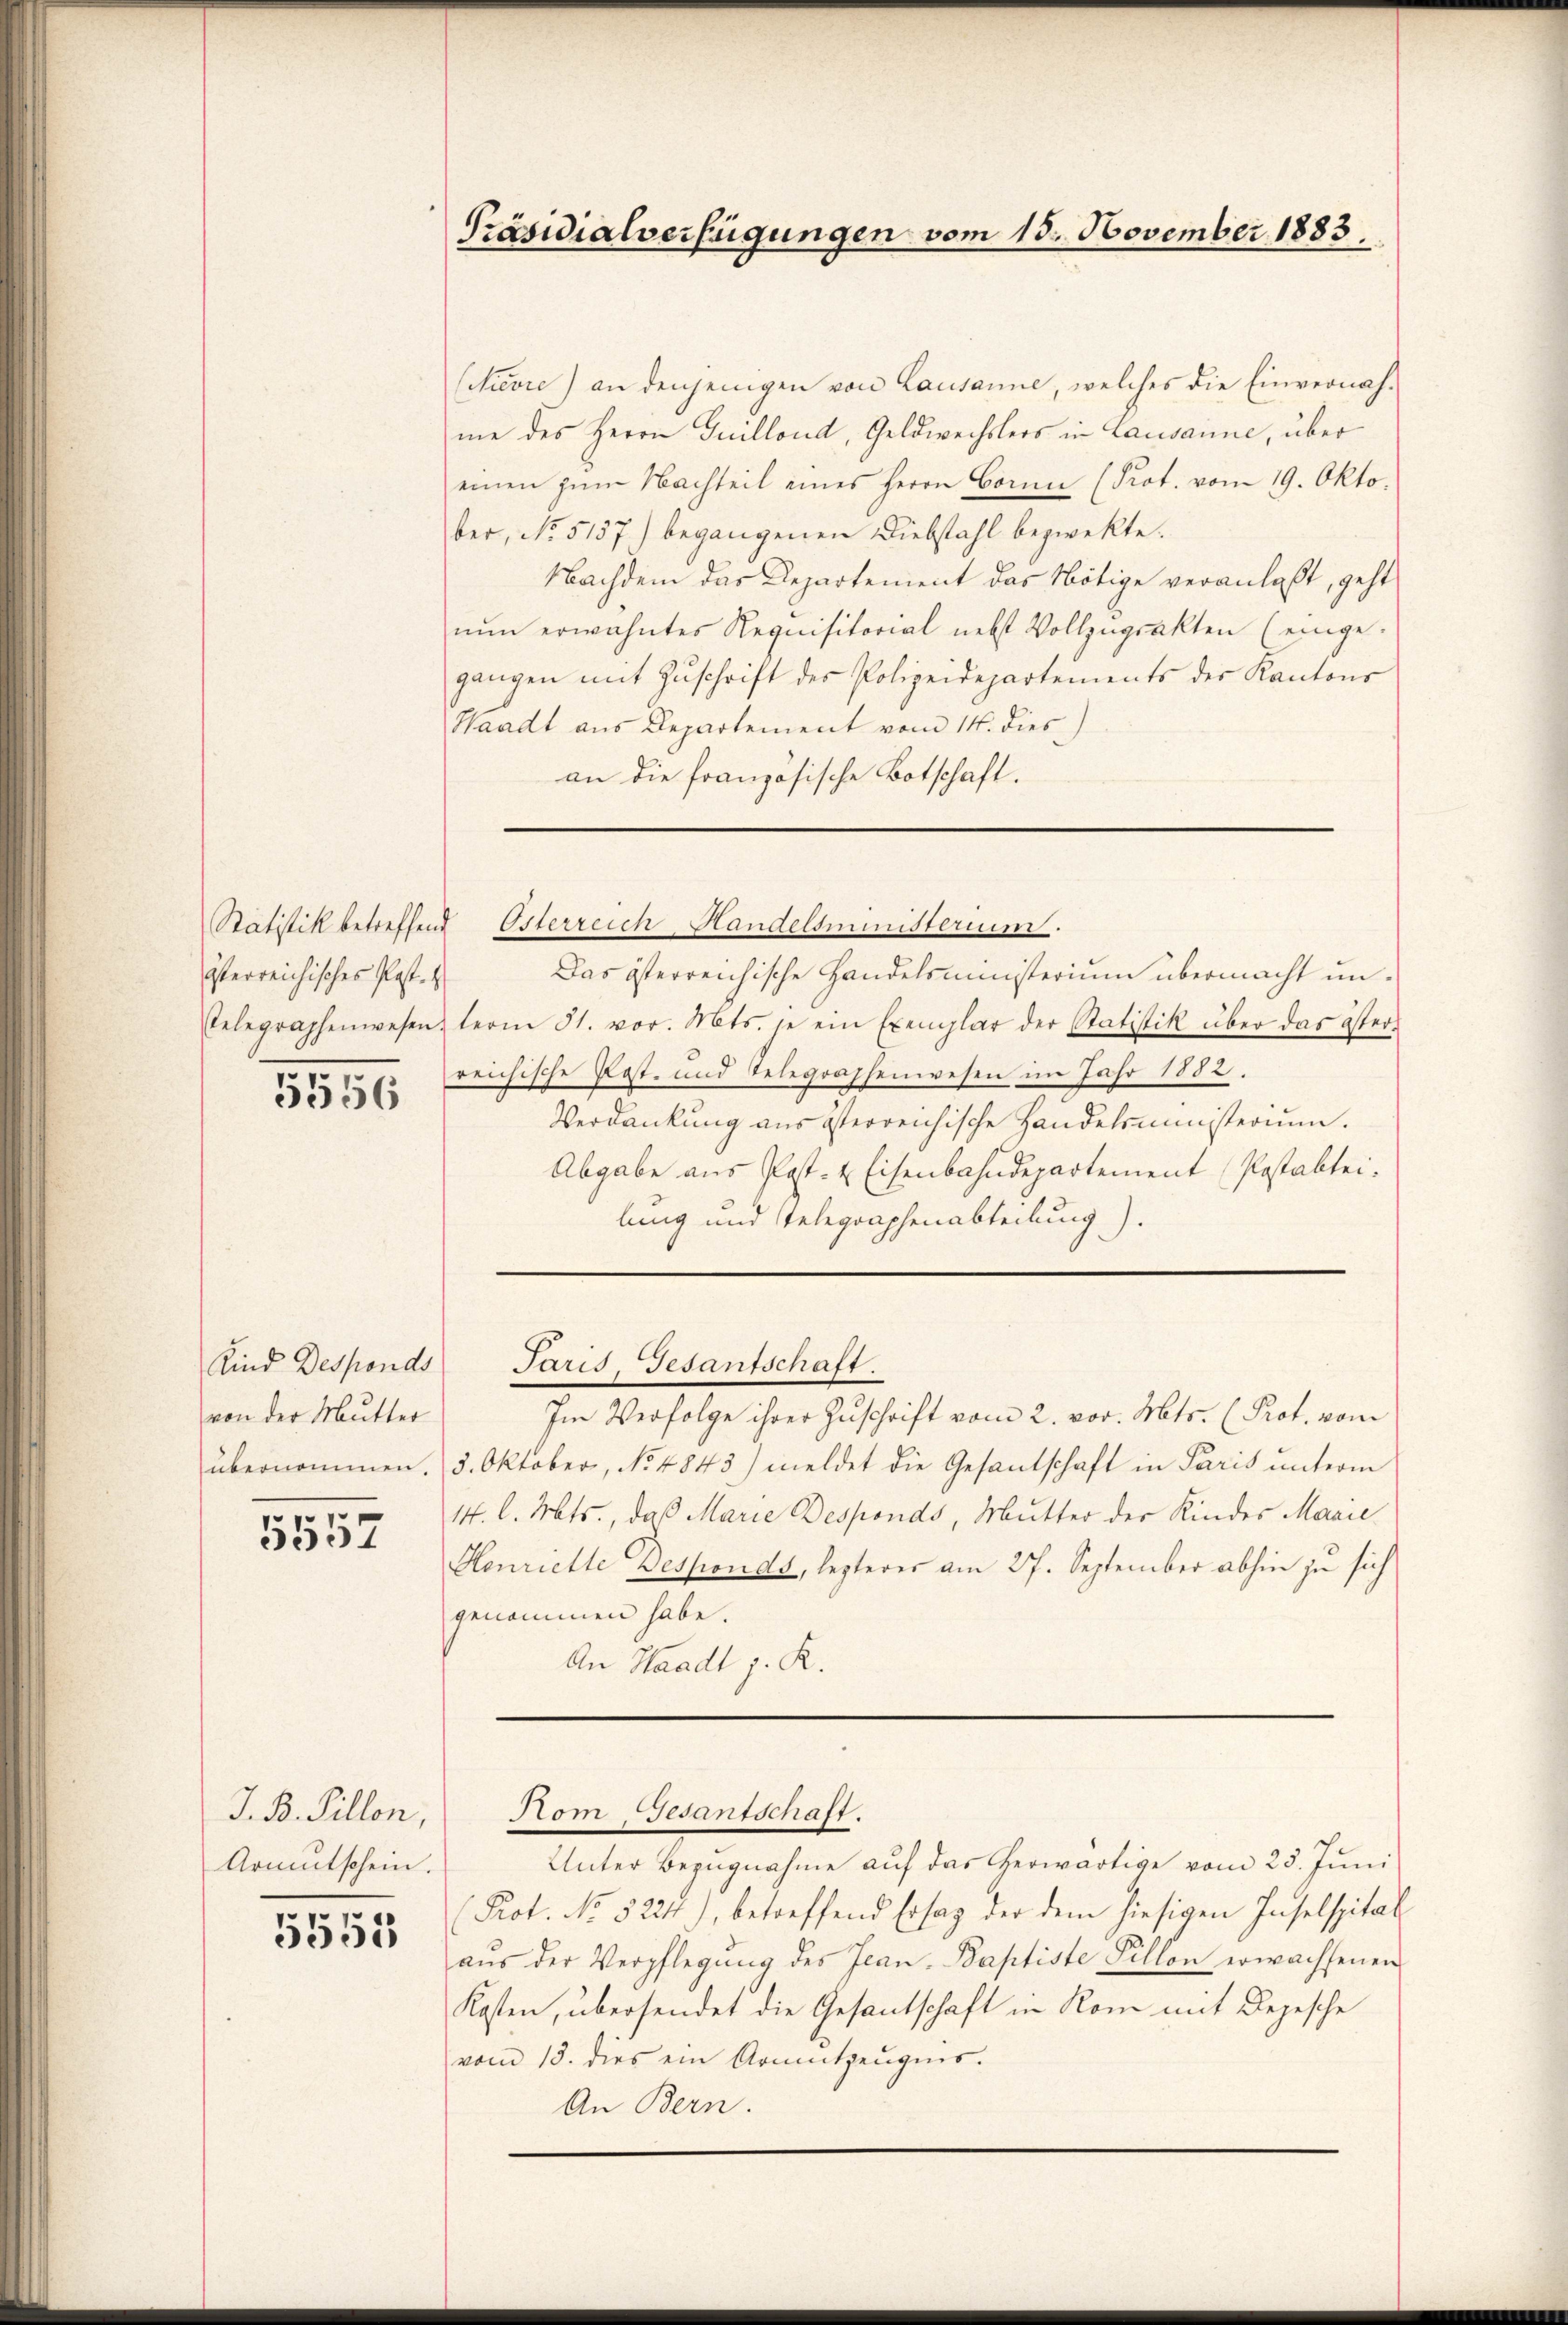
yterreichisches Past.
Telegraphenwesen.

5556

Kind Desponds
von der Mutter
übernommen.

5557

J. B. Sillon,
Armutschein.

5555

Präsidialverfügungen vom 15. November 1883.

(Nievie) an denjenigen von Lausanne, welches die Einvernah-
me des Herrn Guillond, Geldwechslers in Lausanne, über
einen zŭm Nachteil eines Herrn Bonn (Prot. vom 19. Oktober, No 5157) begangenen Diebstahl bezwekte.
Nachdem das Departement das Nötige veranlaßt, geht
nŭn erwähntes Requisitorial nebst Vollzŭgsakten (einge-
gangen mit Zŭschrift des Polizeidepartements der Kantons
Waadt aus Departement vom 14. dies
an die französische Botschaft.

Das österreichische Handelsministerium übermacht unterm 31. vor. Mts. je ein Exemplar der Statistik über das öster-
reichische Post- und Telegraphenwesen im Jahr 1882.
Verdankung aus österreichische Handelsministerium.
Abgabe aus Post- & Eisenbahndepartement (Postabtei-
lung und Telegraphenabteilung).

Statistik betreffend Österreich-Handelsministerium.

Paris, Gesantschaft.

Im Verfolge ihrer Zuschrift vom 2. vor. Mts. (Prof. vom
5. Oktober, No 4843) meldet die Gesantschaft in Paris unterm
14. l. Mts., daß Marie Desponds, Mutter der Kindes Marie
Henriette Besponds, lezteres am 27. September abhin zu sich
genommen habe.
An Waadt z. R.

Nom Gesantschaft.

Unter Bezŭgnahme aŭf das herwärtige vom 23. Juni
Prot. No 52241), betreffend Ersaz der dem hiesigen Inselspital
aŭs der Verpflegŭng des Jean-Baptiste Sillon erwachsenen
Kosten, übersendet die Gesantschaft in Rom mit Depesche
vom 13. dies ein Armutzeŭgnis.
An Bern.